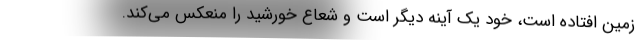
زمین افتاده است، خود یک آینه دیگر است و شعاع خورشید را منعکس می‌کند.